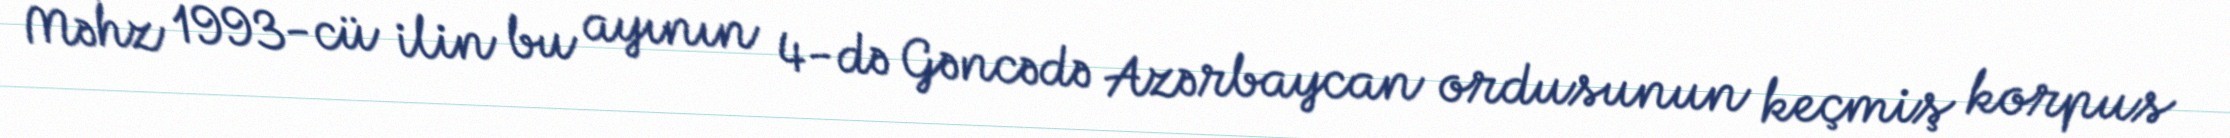
Məhz 1993-cü ilin bu ayının 4-də Gəncədə Azərbaycan ordusunun keçmiş korpus